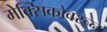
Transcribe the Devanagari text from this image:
मेक्सिकोवरून